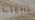
سنت